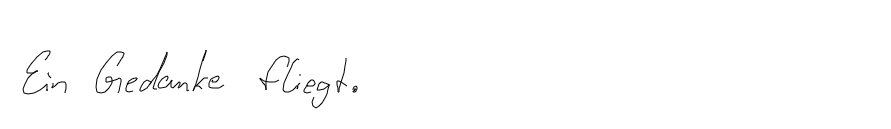
Ein Gedanke fliegt.